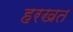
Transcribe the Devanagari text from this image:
हरखत